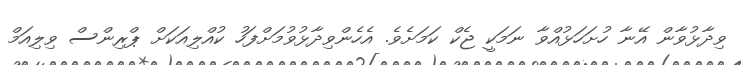
ވިދާޅުވާން އޭނާ ހުށަހަޅުއްވާ ނަަމަކީ ޖެކް ކަމަށެވެ. އެހެންވިދާޅުވުމަށްފަހު ކުއްލިއަކަށް ޕްރިންސް ވިލިއަމް